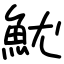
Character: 魷